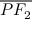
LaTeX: \overline { { P F _ { 2 } } }